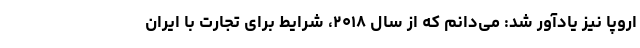
اروپا نیز یادآور شد: می‌دانم که از سال ۲۰۱۸، شرایط برای تجارت با ایران